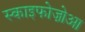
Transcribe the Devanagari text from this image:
स्काइफोज़ोआ